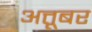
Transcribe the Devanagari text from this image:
अत्तूबर